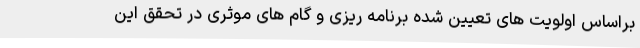
براساس اولویت های تعیین شده برنامه ریزی و گام های موثری در تحقق این